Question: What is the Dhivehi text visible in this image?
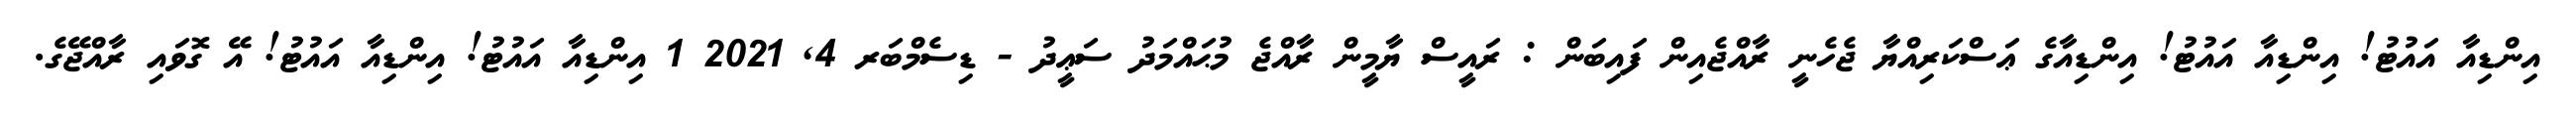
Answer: އިންޑިއާ އައުޓު! އިންޑިއާ އައުޓު! އިންޑިއާގެ ޢަސްކަރިއްޔާ ޖެހެނީ ރާއްޖެއިން ފައިބަން : ރައީސް ޔާމީން ރާއްޖެ މުޙައްމަދު ސަޢީދު - ޑިސެމްބަރ 4, 2021 1 އިންޑިއާ އައުޓު! އިންޑިއާ އައުޓު! އޭ ގޮވައި ރާއްޖޭގެ.